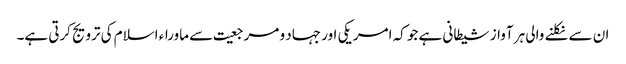
ان سے نکلنے والی ہر آواز شیطانی ہے جو کہ امریکی اور جہاد و مرجعیت سے ماوراء اسلام کی ترویج کرتی ہے۔